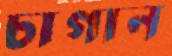
চাগান